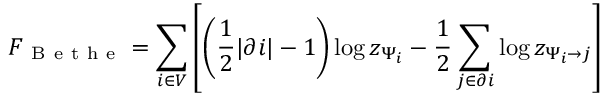
F _ { \mathrm { ~ B ~ e ~ t ~ h ~ e ~ } } = \sum _ { i \in V } \left[ \left( \frac { 1 } { 2 } | \partial i | - 1 \right) \log z _ { \Psi _ { i } } - \frac { 1 } { 2 } \sum _ { j \in \partial i } \log z _ { \Psi _ { i } \to j } \right]